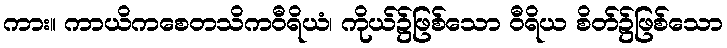
ကား။ ကာယိကစေတသိကဝီရိယံ၊ ကိုယ်၌ဖြစ်သော ဝီရိယ စိတ်၌ဖြစ်သော